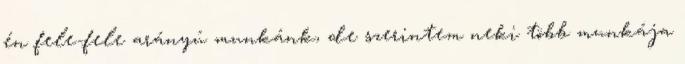
én fele-fele arányú munkánk, de szerintem neki több munkája